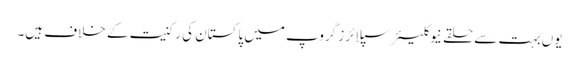
یوں بہت سے حلقے نیوکلیئر سپلائرز گروپ میں پاکستان کی رکنیت کے خلاف ہیں۔